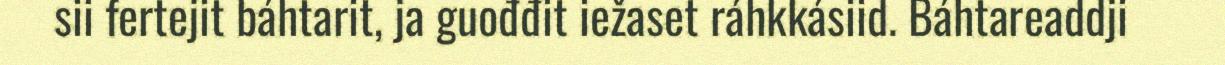
sii fertejit báhtarit, ja guođđit iežaset ráhkkásiid. Báhtareaddji